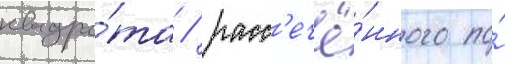
квадра́та / расс'ечё́нного по́